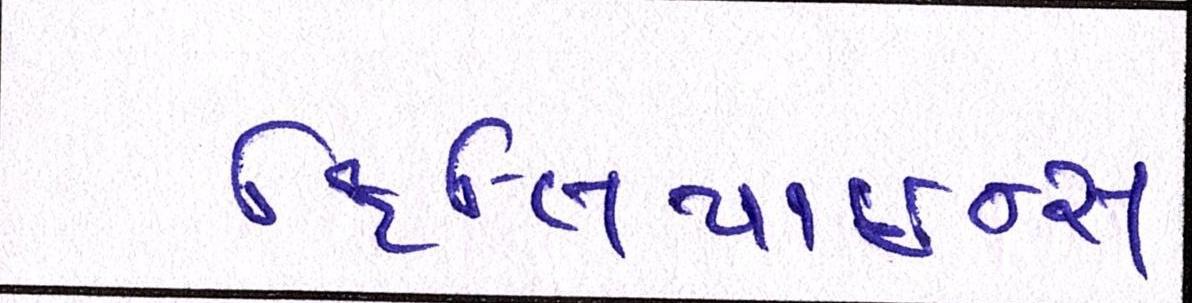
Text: ફિલિપાઇન્સ